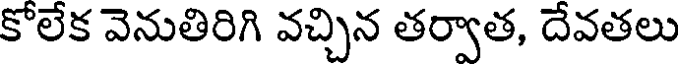
కోలేక వెనుతిరిగి వచ్చిన తర్వాత, దేవతలు